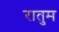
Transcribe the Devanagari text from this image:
रातुम